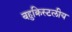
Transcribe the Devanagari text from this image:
बहुक्रिस्टलीय